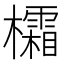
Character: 𪴜